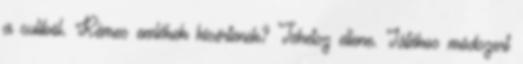
a suliból. Rémes emlékek kísértenek? Tehetsz ellene. Játékos módszert